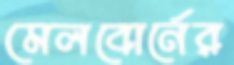
মেলবোর্নের